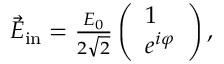
\begin{array} { r } { \vec { E } _ { \mathrm { i n } } = \frac { E _ { 0 } } { 2 \sqrt 2 } \left( \begin{array} { l } { 1 } \\ { e ^ { i \varphi } } \end{array} \right) , } \end{array}